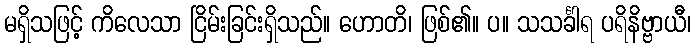
မရှိသဖြင့် ကိလေသာ ငြိမ်းခြင်းရှိသည်။ ဟောတိ၊ ဖြစ်၏။ ပ။ သသင်္ခါရ ပရိနိဗ္ဗာယီ၊